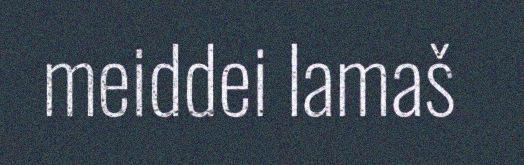
meiddei lamaš